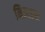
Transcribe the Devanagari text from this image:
मिलाइस